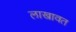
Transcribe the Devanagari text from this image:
लाखावत